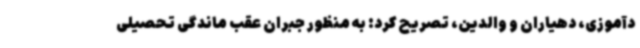
دآموزی، دهیاران و والدین، تصریح کرد: به منظور جبران عقب ماندگی تحصیلی